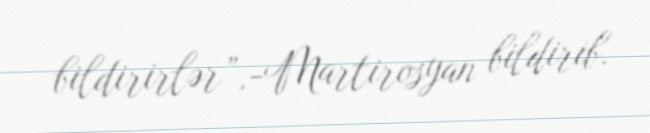
bildirirlər”,-Martirosyan bildirib.